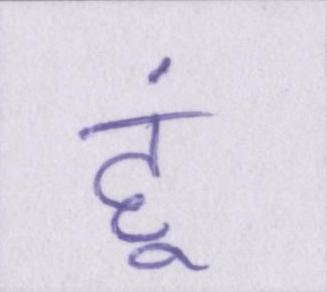
हूं